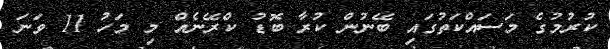
ކުރުމުގެ މަސައްކަތުގައި ބޭނުން ކުރާ ބޮޑު ކްރޭނެއް މި މަހު 11 ވަނަ